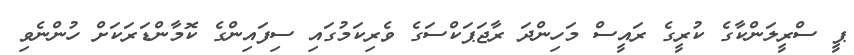
ޕީ ސްރީލަންކާގެ ކުރީގެ ރައީސް މަހިންދަ ރާޖަޕަކްސަގެ ވެރިކަމުގައި ސިފައިންގެ ކޮމާންޑަރަކަށް ހުންނެވި